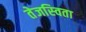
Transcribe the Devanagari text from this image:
तेजस्‍विता